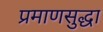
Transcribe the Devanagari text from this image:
प्रमाणसुद्धा